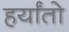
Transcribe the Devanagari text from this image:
हर्यांतो